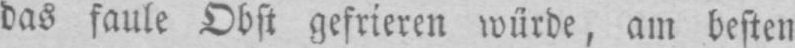
das faule Obst gefrieren würde, am besten